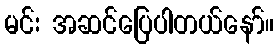
မင်း အဆင်ပြေပါတယ်နော်။